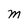
Character: m